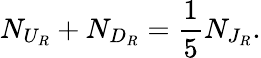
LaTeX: N_{U_{R}}+N_{D_{R}}=\frac{1}{5}N_{J_{R}}.